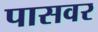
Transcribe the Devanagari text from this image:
पासवर